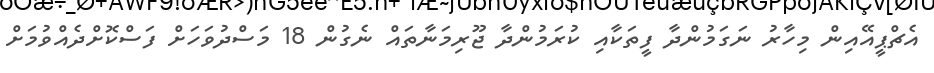
އެޗްޕީއޭއިން މިހާރު ނަގަމުންދާ ފީތަކާއި ކުރަމުންދާ ޖޫރިމަނާތައް ނެގުން 18 މަސްދުވަހަށް ފަސްކޮށްދެއްވުމަށް